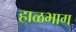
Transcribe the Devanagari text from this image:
हाळभाग